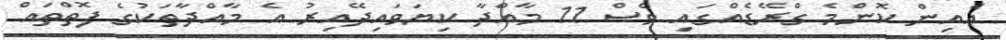
އެއިން ކޮންމެ ގްރޭޑެއްގައި ވެސް 11 މާއްދާ ކިޔަވައިދޭއިރު އެ މާއްދާތަކުގެ ފޮތްތައް